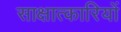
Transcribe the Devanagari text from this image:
साक्षात्कारियों